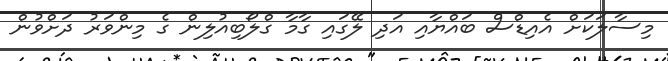
މިސާލަކަށް އެއިޑްސް ބައްޔާއި އަދި ލޭގައި ގާމާ ގްލޯބިއުލިން ގެ މިންވަރު ދަށްވުން